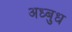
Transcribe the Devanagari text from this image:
अध्बुध